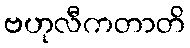
ဗဟုလီကတာတိ